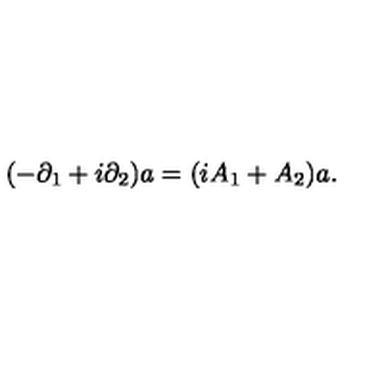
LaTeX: ( - \partial _ { 1 } + i \partial _ { 2 } ) a = ( i A _ { 1 } + A _ { 2 } ) a .